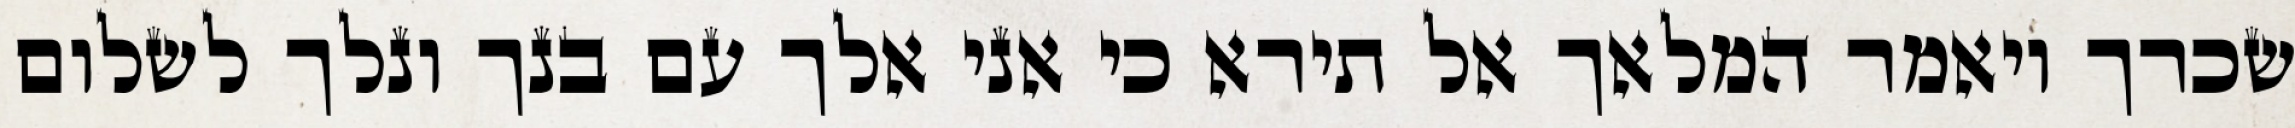
שכרך ויאמר המלאך אל תירא כי אני אלך עם בנך ונלך לשלום